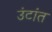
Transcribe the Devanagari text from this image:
उंटांत